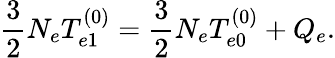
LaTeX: \frac{3}{2}N_{e}T_{e1}^{(0)}=\frac{3}{2}N_{e}T_{e0}^{(0)}+Q_{e}.